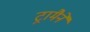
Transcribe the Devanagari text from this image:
ट्रामैने